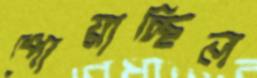
পোয়াচ্ছিল